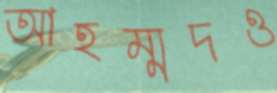
আহম্মদও